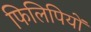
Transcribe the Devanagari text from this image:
फिलिपियों